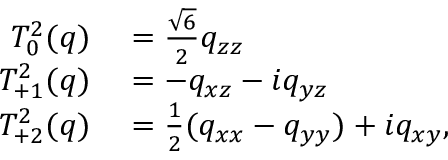
\begin{array} { r l } { T _ { 0 } ^ { 2 } ( q ) } & { { } = { \frac { \sqrt { 6 } } { 2 } } q _ { z z } } \\ { T _ { + 1 } ^ { 2 } ( q ) } & { { } = - q _ { x z } - i q _ { y z } } \\ { T _ { + 2 } ^ { 2 } ( q ) } & { { } = { \frac { 1 } { 2 } } ( q _ { x x } - q _ { y y } ) + i q _ { x y } , } \end{array}